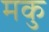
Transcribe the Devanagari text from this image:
मकु